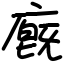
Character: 廐